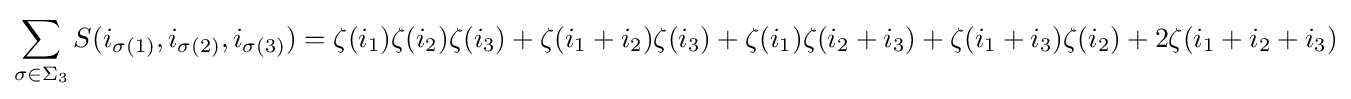
\sum _{\sigma \in \Sigma _{3}}S(i_{\sigma (1)},i_{\sigma (2)},i_{\sigma (3)})=\zeta (i_{1})\zeta (i_{2})\zeta (i_{3})+\zeta (i_{1}+i_{2})\zeta (i_{3})+\zeta (i_{1})\zeta (i_{2}+i_{3})+\zeta (i_{1}+i_{3})\zeta (i_{2})+2\zeta (i_{1}+i_{2}+i_{3})